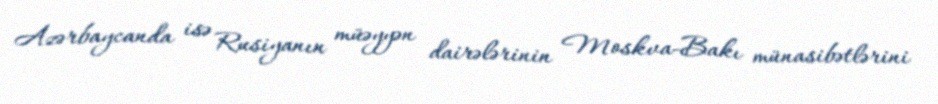
Azərbaycanda isə Rusiyanın müəyyən dairələrinin Moskva-Bakı münasibətlərini